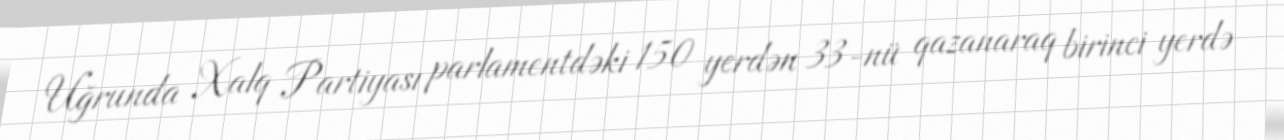
Uğrunda Xalq Partiyası parlamentdəki 150 yerdən 33-nü qazanaraq birinci yerdə